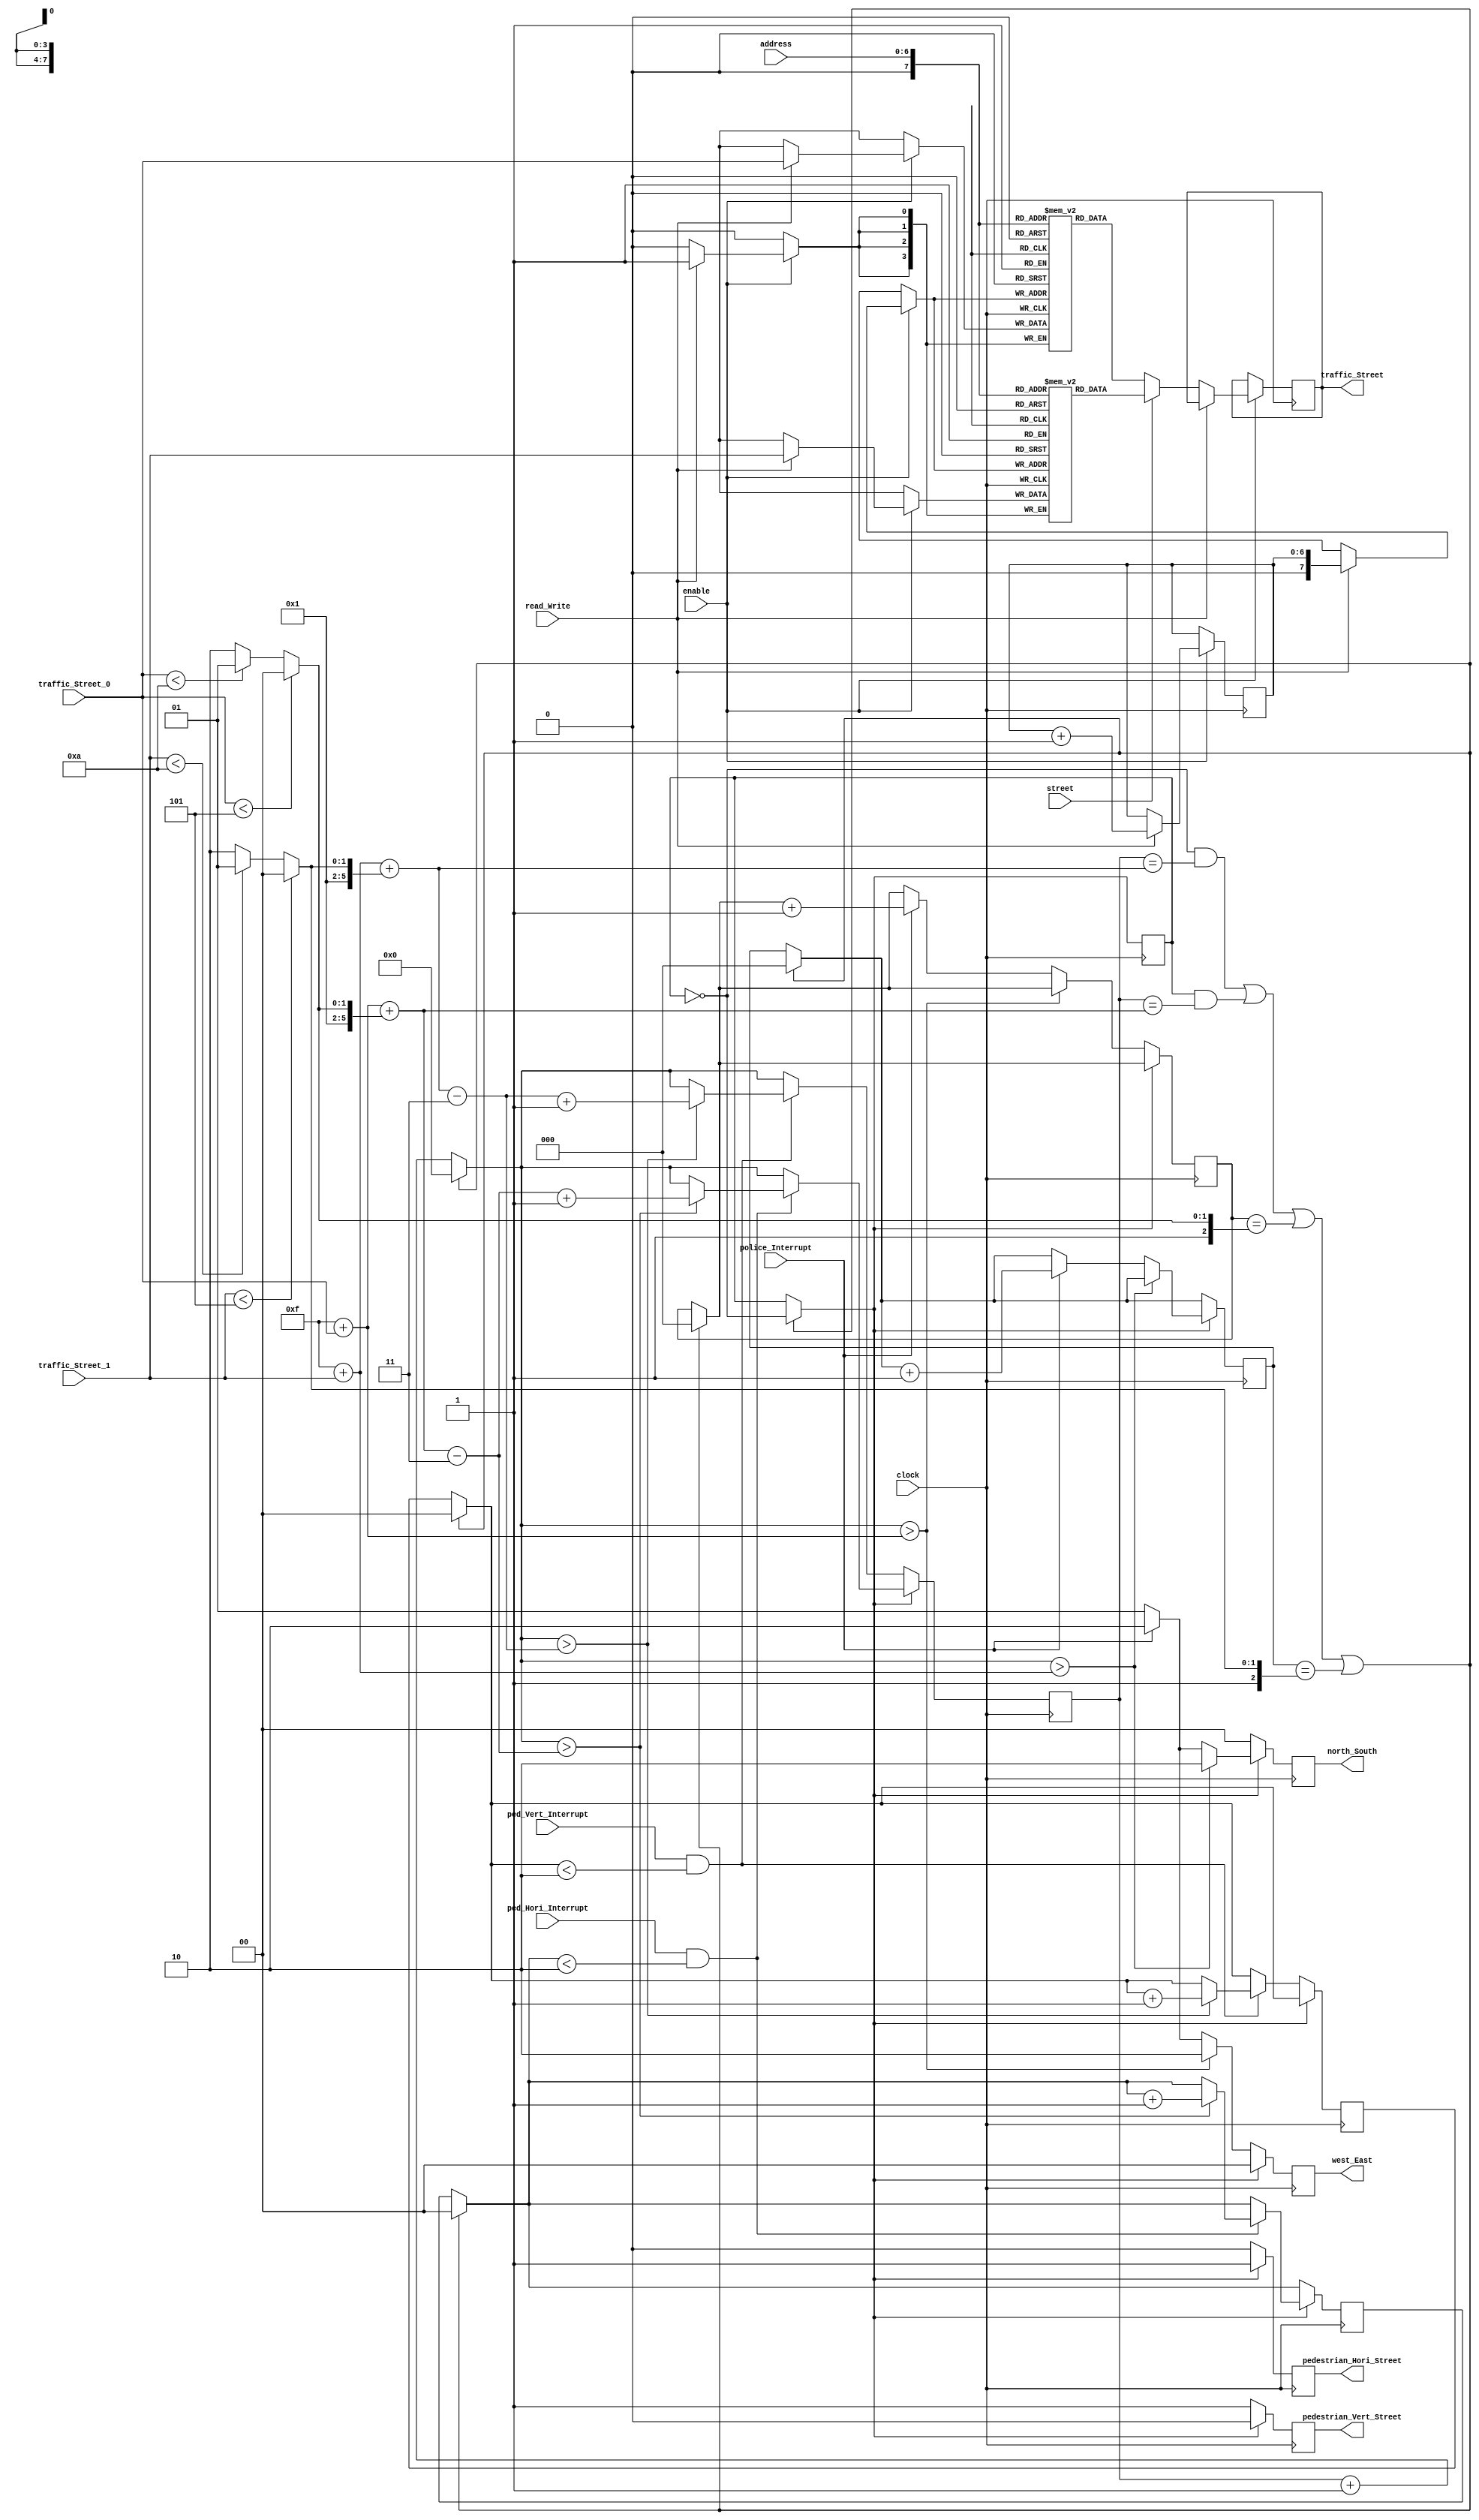
module Turn_Controller(
    clock,
    ped_Hori_Interrupt,
    ped_Vert_Interrupt,
    police_Interrupt,
    traffic_Street_0,
    traffic_Street_1,
    address,
    read_Write,                                             
    enable,                                                 
    street,                                               
    north_South,                                            
    west_East ,                                           
    pedestrian_Hori_Street,    
    pedestrian_Vert_Street,
    traffic_Street
    );

    input clock;
    input ped_Hori_Interrupt;
    input ped_Vert_Interrupt;
    input police_Interrupt;
    input [3:0]traffic_Street_0;
    input [3:0]traffic_Street_1;
    input [6:0] address;
    input read_Write;                              
    input enable;                                     
    input street;                                     
    output reg [1:0] north_South = 0;                 
    output reg [1:0] west_East = 0;                    
    output reg pedestrian_Hori_Street = 0;    
    output reg pedestrian_Vert_Street = 0;
    output reg [3:0] traffic_Street = 4'b0;
            
    reg turn=0;                                                     
    reg [5:0] clk_Counter = 6'd0;       
    reg [5:0] max_Red_0 = 6'd19;                                        
    reg [5:0] max_Red_1 = 6'd19;        
    reg [5:0] hori_Three_Sec_Before_Red = 6'd0;                         
    reg [5:0] vert_Three_Sec_Before_Red = 6'd0;
    reg [5:0] max_Green_0 = 6'd15;
    reg [5:0] max_Green_1 = 6'd15;
    reg [5:0] max_Yellow_0 = 6'd4;
    reg [5:0] max_Yellow_1 = 6'd4;  
    reg [2:0] pol_Hori_Interrupt_Counter = 3'd0;                            
    reg [2:0] pol_Vert_Interrupt_Counter = 3'd0;
    reg [1:0] ped_Hori_Interrupt_Counter = 2'd0;                            
    reg [1:0] ped_Vert_Interrupt_Counter = 2'd0;
    reg [6:0] counter = 7'b0;                                   
    reg [3:0] street_0 [0:128];                                 
    reg [3:0] street_1 [0:128];
    always @(posedge clock) begin
        if (enable == 1) begin
            if (read_Write == 0) begin                              
                if(street == 0)                                         
                    traffic_Street = street_0[address];
                else                                                
                    traffic_Street = street_1[address];
            end     
            else begin                                              
                street_0[counter] = traffic_Street_0;
                street_1[counter] = traffic_Street_1;
                counter = counter + 7'd1;
            end 
        end 
    end         
                     
    always @ (posedge clock) begin                                  
        if (traffic_Street_0 < 5)
            max_Yellow_0 = 6'd4;
        else if (traffic_Street_0 < 10 )
            max_Yellow_0 = 6'd4 + 6'd1;
        else
            max_Yellow_0 = 6'd4 + 6'd2;                             
        if (traffic_Street_1 < 5)
            max_Yellow_1 = 6'd4;
        else if (traffic_Street_1 < 10 )
            max_Yellow_1 = 6'd4 + 6'd1;
        else
            max_Yellow_1 = 6'd4 + 6'd2;     
                                            
        max_Green_0 = 6'd15 + traffic_Street_0;             
        max_Green_1 = 6'd15 + traffic_Street_1;
        max_Red_0   = max_Green_1 + max_Yellow_1;           
        max_Red_1   = max_Green_0 + max_Yellow_0;
        vert_Three_Sec_Before_Red = max_Red_0 - 6'd3;
        hori_Three_Sec_Before_Red = max_Red_1 - 6'd3;
         
        if ((turn == 0 && clk_Counter == max_Red_0)      || 
            (turn == 1 && clk_Counter == max_Red_1)      ||
            (pol_Hori_Interrupt_Counter == max_Yellow_0 )||
            (pol_Vert_Interrupt_Counter == max_Yellow_1)) 
            begin 
                clk_Counter = 6'd0;                             
                turn = ~turn;
                ped_Vert_Interrupt_Counter = 0;                             
                ped_Hori_Interrupt_Counter = 0;
                pol_Hori_Interrupt_Counter = 0;
                pol_Vert_Interrupt_Counter = 0;
            end
        else  
            clk_Counter = clk_Counter + 6'd1;                   
        
        if (turn == 0) begin
            north_South <= 2'b00;
            pedestrian_Vert_Street = 1;                     
            pedestrian_Hori_Street = 0;                     
            if (clk_Counter > max_Green_0)
                west_East <= 2'b10;
            else begin
                if (police_Interrupt == 1) begin
                    pol_Hori_Interrupt_Counter <= pol_Hori_Interrupt_Counter + 3'd1;
                    west_East <= 2'b10;                 
                end
                else 
                    west_East <= 2'b01;     
            end 
            
            if (ped_Vert_Interrupt == 1 &&
                ped_Vert_Interrupt_Counter < 2) begin
                if (clk_Counter  > vert_Three_Sec_Before_Red) begin
                    clk_Counter  = vert_Three_Sec_Before_Red +6'b1;
                    ped_Vert_Interrupt_Counter <= ped_Vert_Interrupt_Counter + 2'd1;
                end             
            end 
        end
        else if (turn ==1) begin
            west_East<= 2'b00;
            pedestrian_Vert_Street = 0;
            pedestrian_Hori_Street = 1;
            if (clk_Counter > max_Green_1)
                north_South <= 2'b10;
            else begin
                if (police_Interrupt == 1) begin
                    pol_Vert_Interrupt_Counter <= pol_Vert_Interrupt_Counter + 3'd1;
                    north_South <= 2'b10;
                end 
                else begin
                    north_South <= 2'b01;
                end 
            end     
            if (ped_Hori_Interrupt == 1 &&
                ped_Hori_Interrupt_Counter < 2) begin
                if (clk_Counter  > hori_Three_Sec_Before_Red) begin
                    clk_Counter = hori_Three_Sec_Before_Red+6'b1;
                    ped_Hori_Interrupt_Counter <= ped_Hori_Interrupt_Counter + 2'd1;
                end 
            end     
        end     
    end
        
endmodule